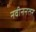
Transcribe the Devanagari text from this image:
नवीननतर